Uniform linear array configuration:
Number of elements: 64
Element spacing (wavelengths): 1
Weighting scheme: hann
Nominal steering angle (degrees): -30
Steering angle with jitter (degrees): -31.75
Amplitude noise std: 0.05
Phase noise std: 0.05

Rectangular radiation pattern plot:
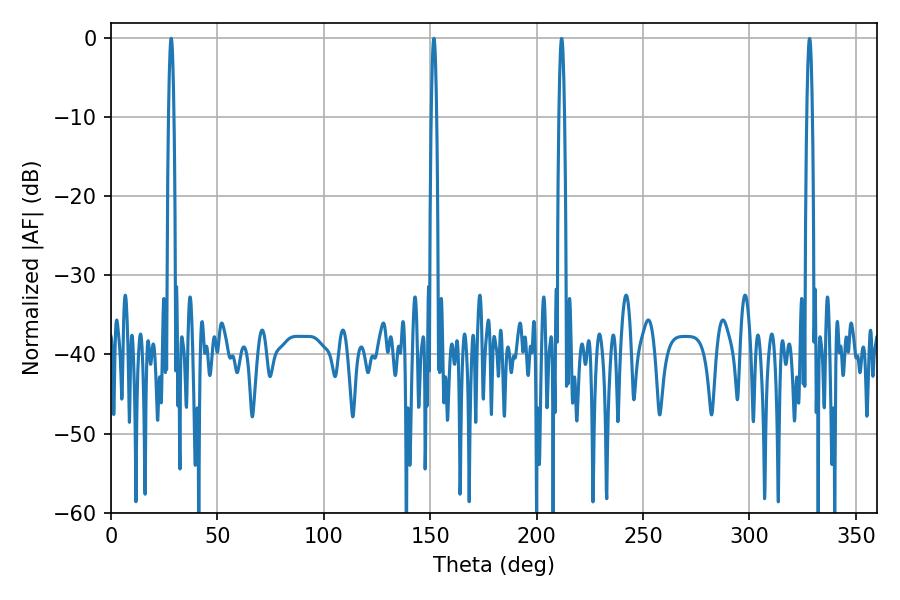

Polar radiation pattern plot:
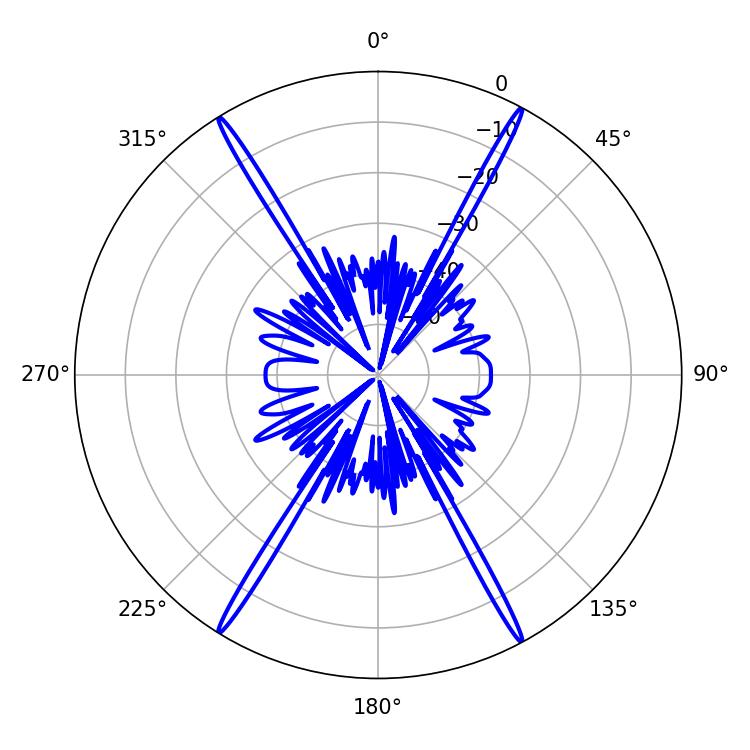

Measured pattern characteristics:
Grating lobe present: TRUE
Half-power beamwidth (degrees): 1.44
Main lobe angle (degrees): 151.74